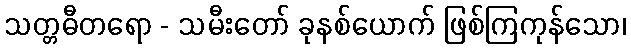
သတ္တဓီတရော - သမီးတော် ခုနစ်ယောက် ဖြစ်ကြကုန်သော၊